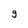
Character: g